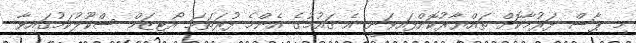
މި ޕާސް ފަރުމާކޮށް ތައްޔާރުކޮށްފައިވަނީ އެ ޤައުމުގެ އެންމެ ފުރަތަމަ އޯޓިޒަމް ސްކޫލުކަމުގައިވާ